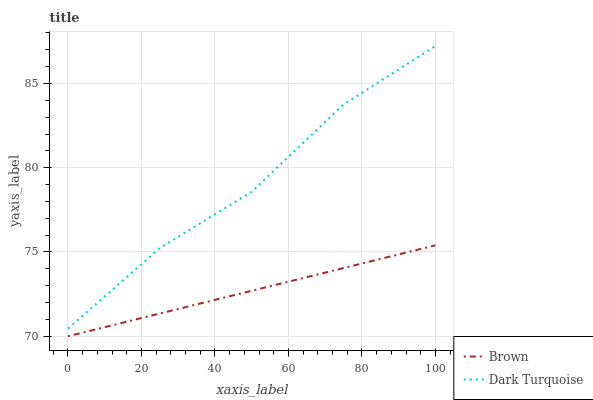
| xaxis_label | Brown | Dark Turquoise |
 | --- | --- | --- |
 | 0 | 70 | 70.5 |
 | 25 | 71.3 | 75.2 |
 | 50 | 72.7 | 78.6 |
 | 75 | 74 | 83.8 |
 | 100 | 75.4 | 87.2 |